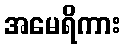
အမေရိကား